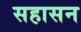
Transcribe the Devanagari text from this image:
सहासन